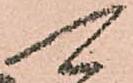
可